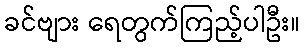
ခင်ဗျား ရေတွက်ကြည့်ပါဦး။